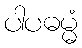
ပါပဓမ္မံ